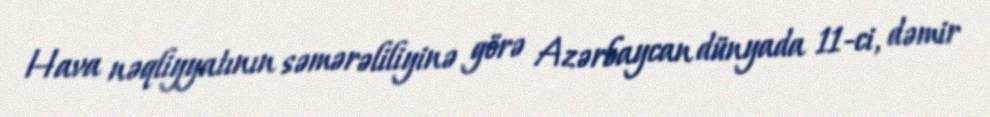
Hava nəqliyyatının səmərəliliyinə görə Azərbaycan dünyada 11-ci, dəmir